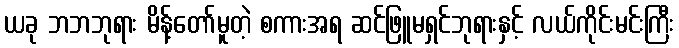
ယခု ဘဘဘုရား မိန့်တော်မူတဲ့ စကားအရ ဆင်ဖြူမရှင်ဘုရားနှင့် လယ်ကိုင်းမင်းကြီး